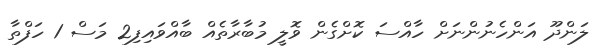
ލަންދޫ އަންހެނުންނަށް ހާއްސަ ކޮށްގެން ވޮލީ މުބާރާތެއް ބާއްވައިފި2 މަސް 1 ހަފްތާ